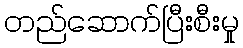
တည်ဆောက်ပြီးစီးမှု